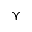
\curlyvee